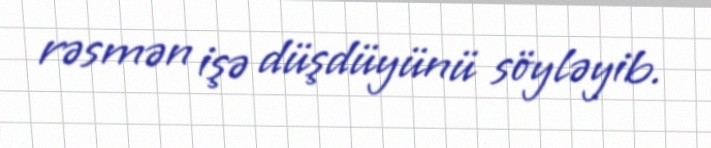
rəsmən işə düşdüyünü söyləyib.